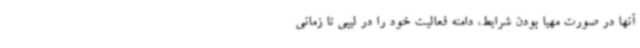
آنها در صورت مهیا بودن شرایط، دامنه فعالیت خود را در لیبی تا زمانی